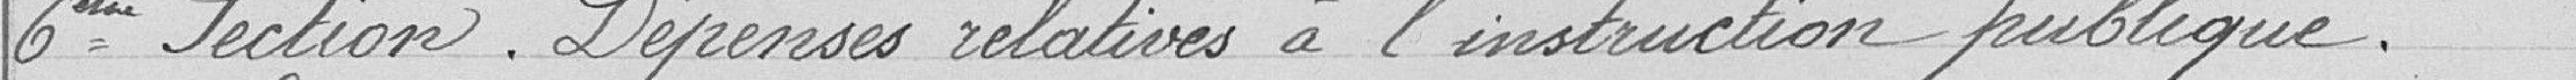
6ème Section. Dépenses relatives à l'instruction publique.